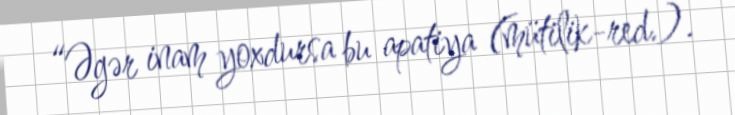
“Əgər inam yoxdursa bu apatiya (mütilik-red.).